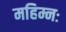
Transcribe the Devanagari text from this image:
महिम्नः